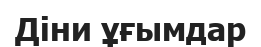
Діни ұғымдар